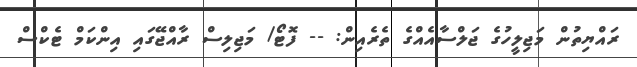
ރައްޔިތުން މަޖިލީހުގެ ޖަލްސާއެއްގެ ތެރެއިން: -- ފޮޓޯ/ މަޖިލިސް ރާއްޖޭގައި އިންކަމް ޓެކްސް